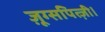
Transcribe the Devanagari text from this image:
ज़ूग्सपित्ज़ी।